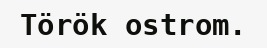
Török ostrom.